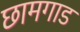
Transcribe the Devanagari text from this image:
छामगाड